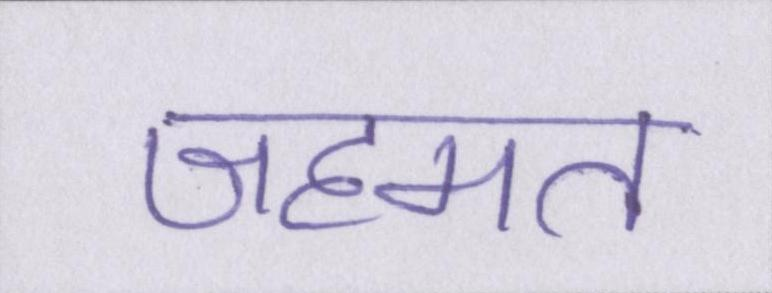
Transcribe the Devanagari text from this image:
जहमत